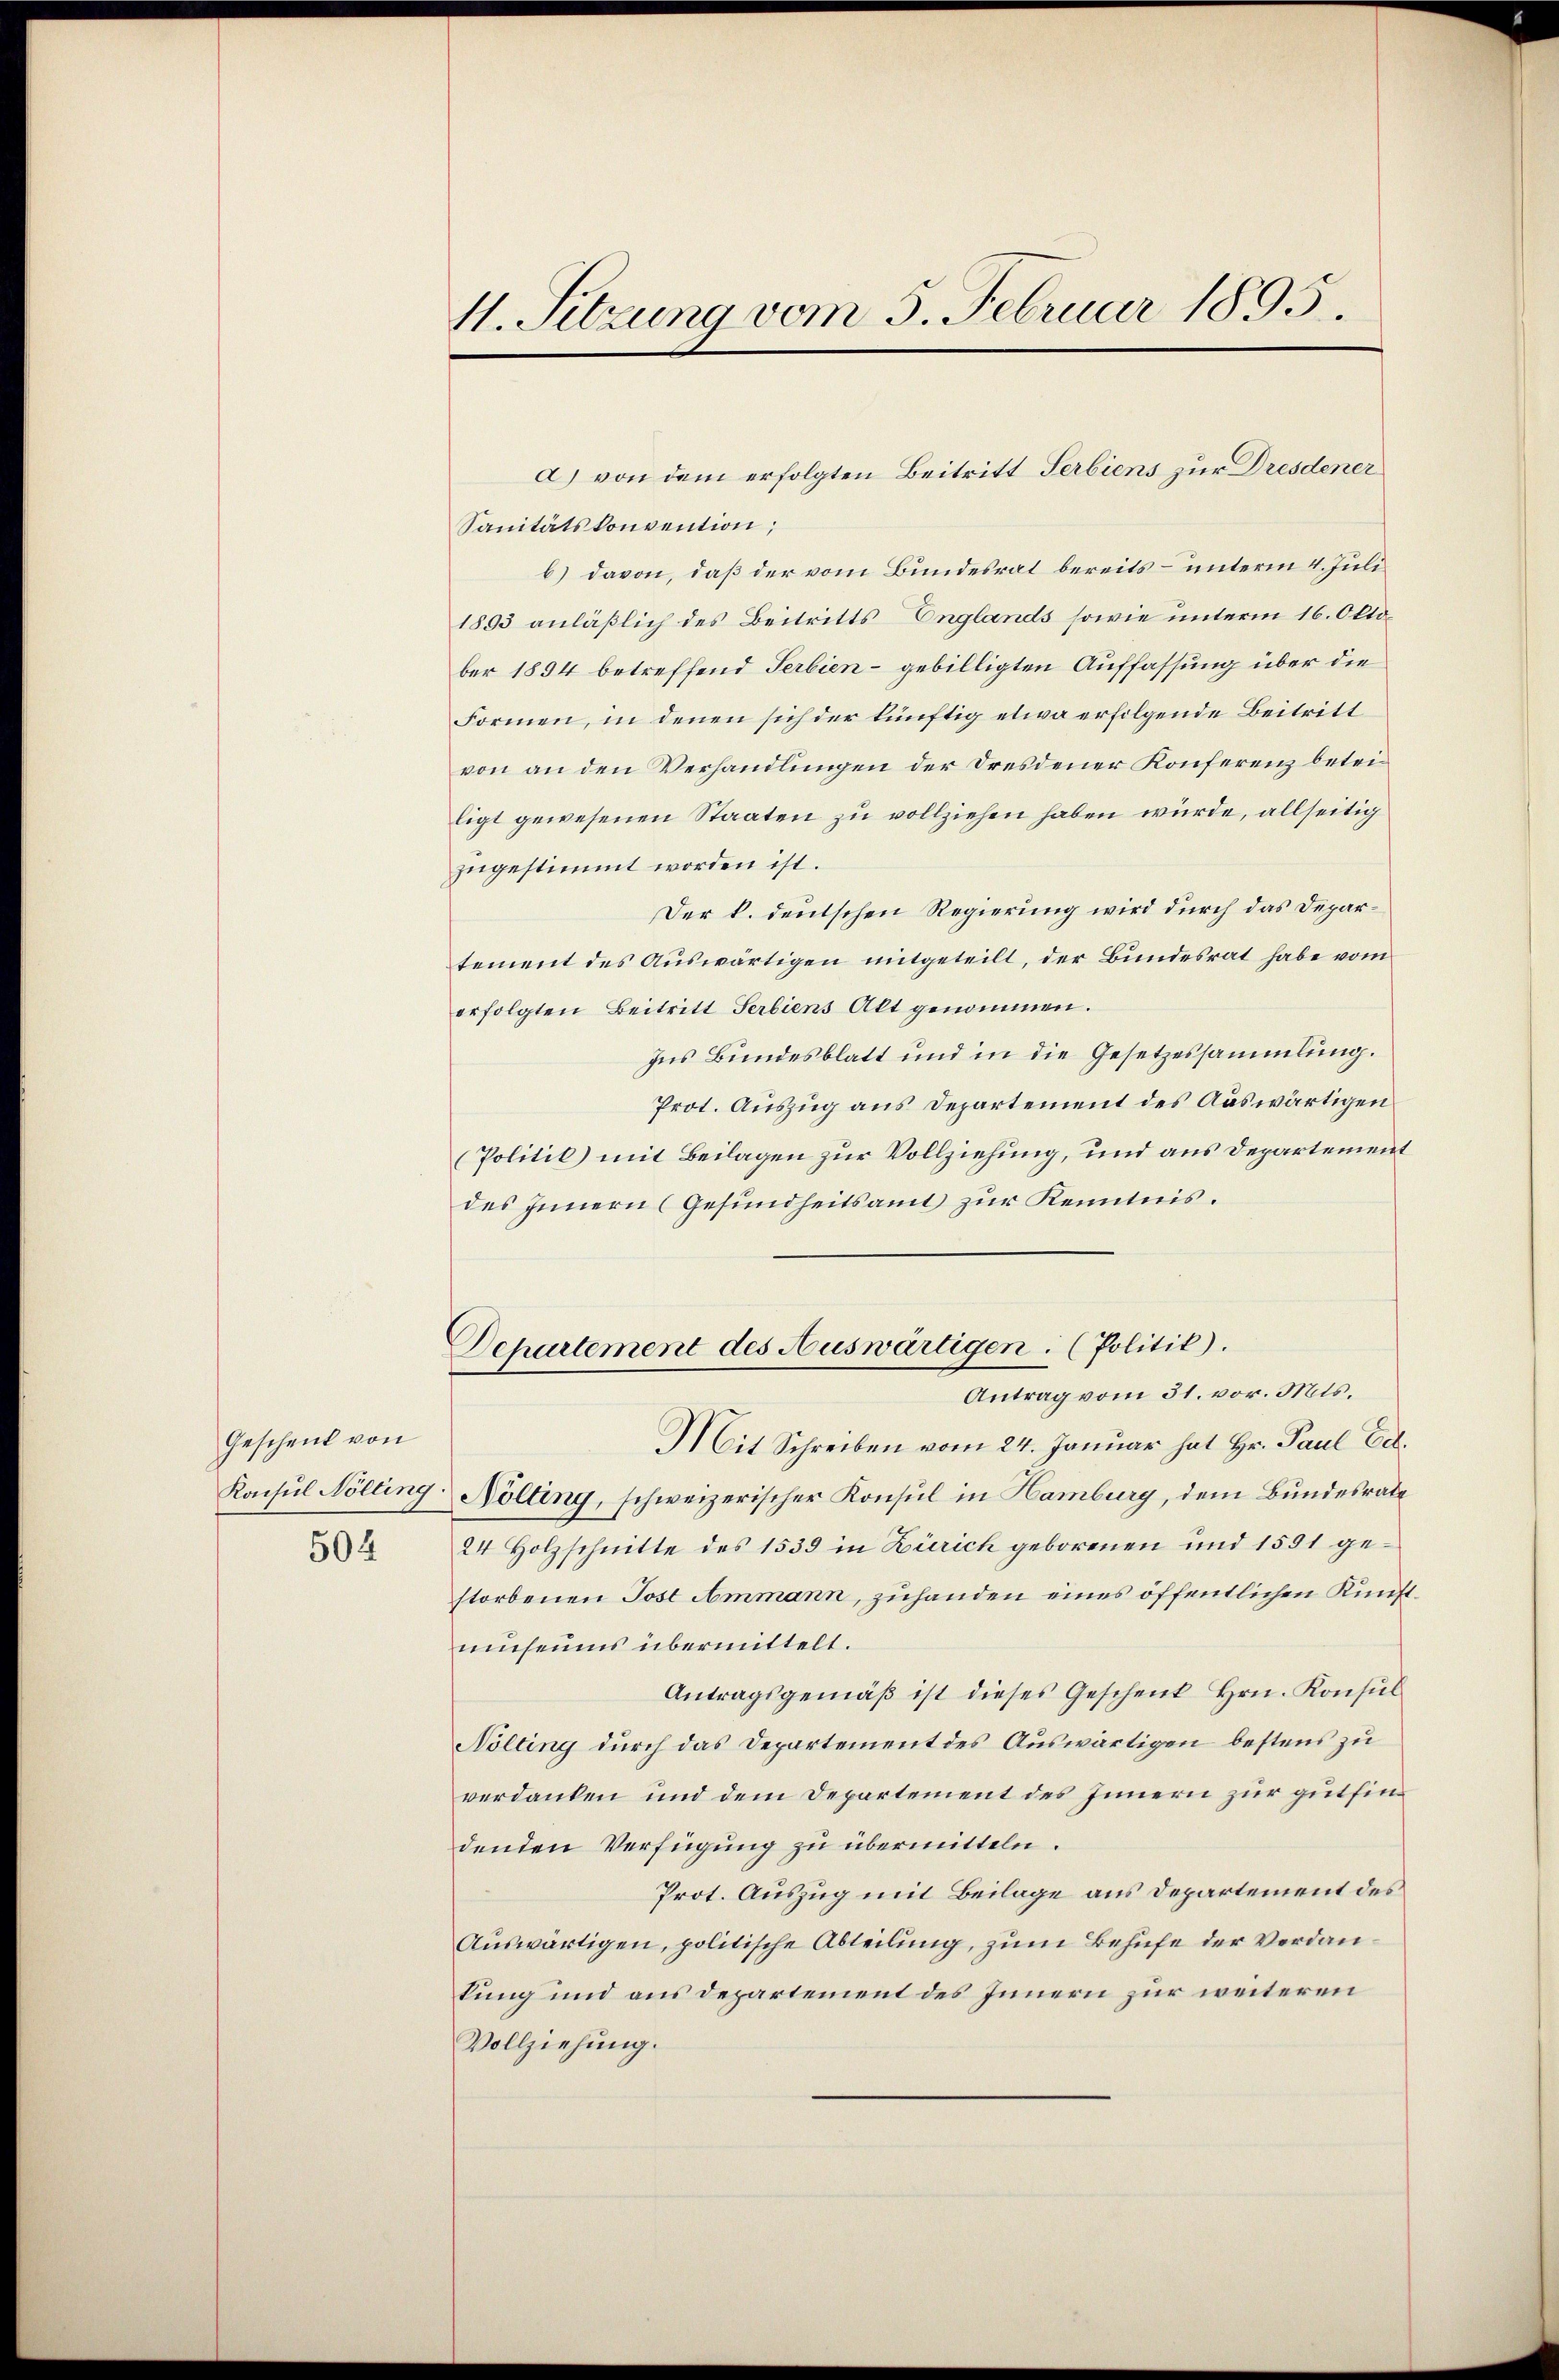
Geschenk von

504

M. Sitzung vom 5. Februar 1895.

Sanitätskonvention;
b) davon, daß der vom Bundesrat bereits- unterm 4. Juli
1893 anläßlich des Beitritts Englands sowie unterm 16. Oktober 1894 betreffend Serbien - gebilligten Auffassung über die
Formen, in denen sich der künftig etwa erfolgende Beitritt
von an den Verhandlungen der Dresdener Konferenz betriligt gewesenen Staaten zu vollziehen haben würde, allseitig
zugestimmt worden ist.
Der k. deutschen Regierung wird durch das Departement des Auswärtigen mitgeteilt, der Bundesrat habe vom
erfolgten Beitritt Serbiens Akt genommen.
Ins Bundesblatt und in die Gesetzessammlung.
Prot. Auszug aus Departement des Auswärtigen
(Politik mit Beilagen zur Vollziehung, und aus Departement
des Innern (Gesundheitsamt zur Kenntnis.
Departement des Auswärtigen. (Politik).
Antrag vom 31. vor. Mts.
Mit Schreiben vom 24. Januar hat Hr. Paul Ed.
Konsul Nölling Nölting, schweizerischer Konsul in Hamburg, dem Bundesrate
24 Holzschnitte des 1533 in Bierich geborenen und 1591 gestorbenen Post Ammann, zuhanden eines öffentlichen Künftmuseums übermittelt.
Antragsgemäß ist dieses Geschenk Hrn. Konsul
Nölling durch das Departement des Auswärtigen bestens zu
verdanken und dem Departement des Innern zur gutfindenden Verfügung zu übermitteln.
Prot. Auszug mit Beilage aus Departement des
Auswärtigen, politische Abteilung, zum Behufe der Verdankung und aus Departement des Innern zur weiteren
Vollziehung.

a) von dem erfolgten Beitritt Serbiens zur Dresdener